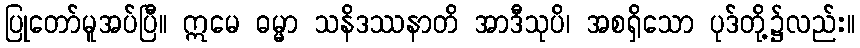
ပြုတော်မူအပ်ပြီ။ ဣမေ ဓမ္မာ သနိဒဿနာတိ အာဒီသုပိ၊ အစရှိသော ပုဒ်တို့၌လည်း။